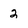
Character: 2